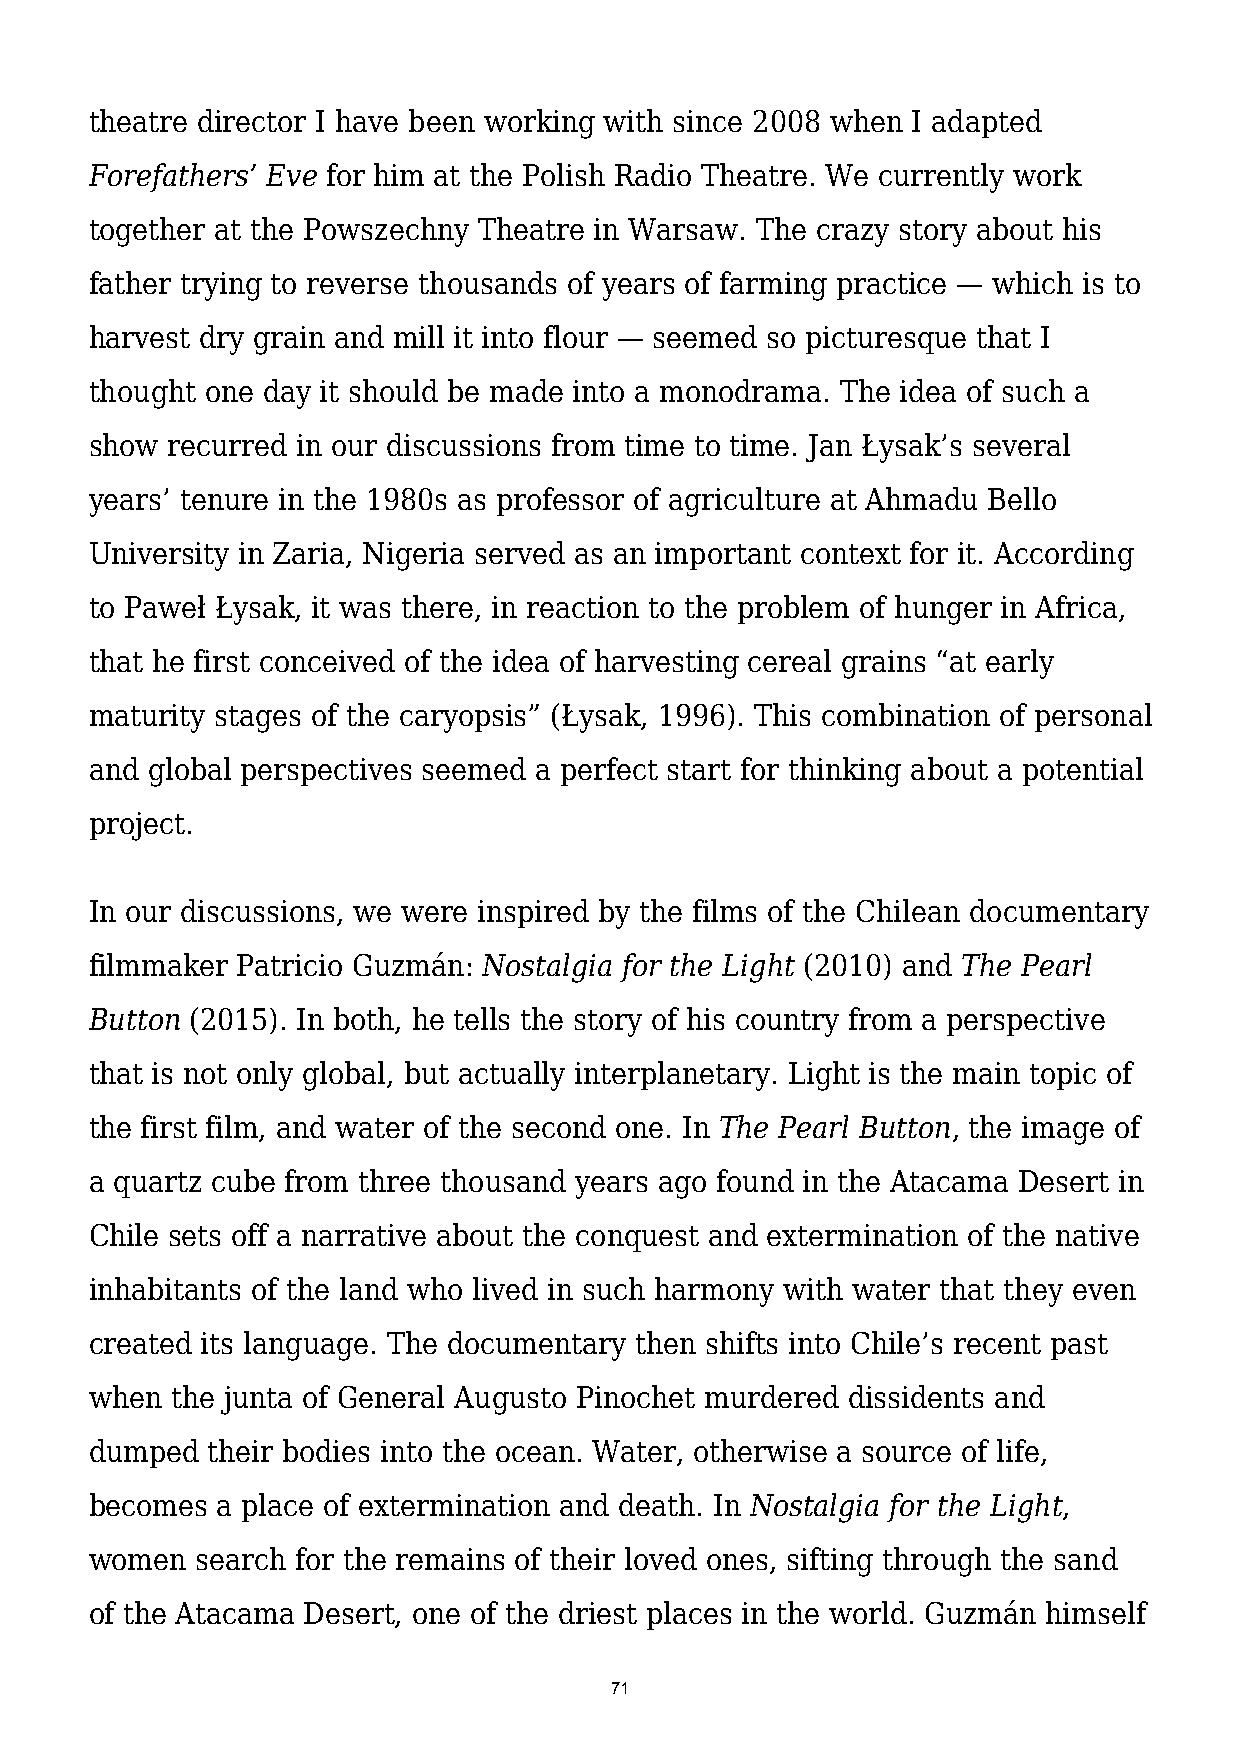
theatre director I have been working with since 2008 when I adapted
 Forefathers’ Eve for him at the Polish Radio Theatre. We currently work
 together at the Powszechny Theatre in Warsaw. The crazy story about his
 father trying to reverse thousands of years of farming practice — which is to
 harvest dry grain and mill it into flour — seemed so picturesque that I
 thought one day it should be made into a monodrama. The idea of such a
 show recurred in our discussions from time to time. Jan Łysak’s several
 years’ tenure in the 1980s as professor of agriculture at Ahmadu Bello
 University in Zaria, Nigeria served as an important context for it. According
 to Paweł Łysak, it was there, in reaction to the problem of hunger in Africa,
 that he first conceived of the idea of harvesting cereal grains “at early
 maturity stages of the caryopsis” (Łysak, 1996). This combination of personal
 and global perspectives seemed a perfect start for thinking about a potential
 project.
 In our discussions, we were inspired by the films of the Chilean documentary
 filmmaker Patricio Guzmán: Nostalgia for the Light (2010) and The Pearl
 Button (2015). In both, he tells the story of his country from a perspective
 that is not only global, but actually interplanetary. Light is the main topic of
 the first film, and water of the second one. In The Pearl Button, the image of
 a quartz cube from three thousand years ago found in the Atacama Desert in
 Chile sets off a narrative about the conquest and extermination of the native
 inhabitants of the land who lived in such harmony with water that they even
 created its language. The documentary then shifts into Chile’s recent past
 when the junta of General Augusto Pinochet murdered dissidents and
 dumped  their bodies into the ocean. Water, otherwise a source of life,
 becomes a place of extermination and death. In Nostalgia for the Light,
 women  search for the remains of their loved ones, sifting through the sand
 of the Atacama Desert, one of the driest places in the world. Guzmán himself
 71